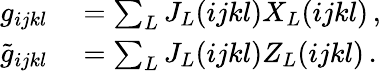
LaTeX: \begin{array}{rl}{g_{ijkl}}&{{}=\sum_{L}J_{L}(ijkl)X_{L}(ijkl)\, ,}\\ {\tilde{g}_{ijkl}}&{{}=\sum_{L}J_{L}(ijkl)Z_{L}(ijkl)\, .}\end{array}